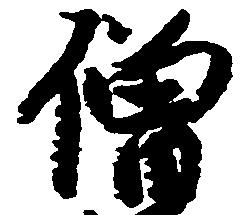
僧